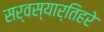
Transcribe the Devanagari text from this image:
सर्वस्यार्तिहरे